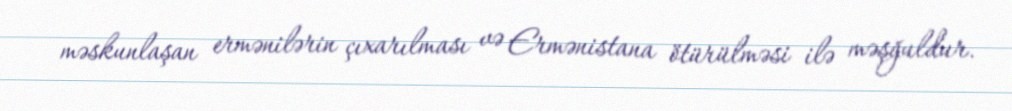
məskunlaşan ermənilərin çıxarılması və Ermənistana ötürülməsi ilə məşğuldur.